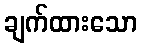
ချက်ထားသော